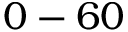
0 - 6 0